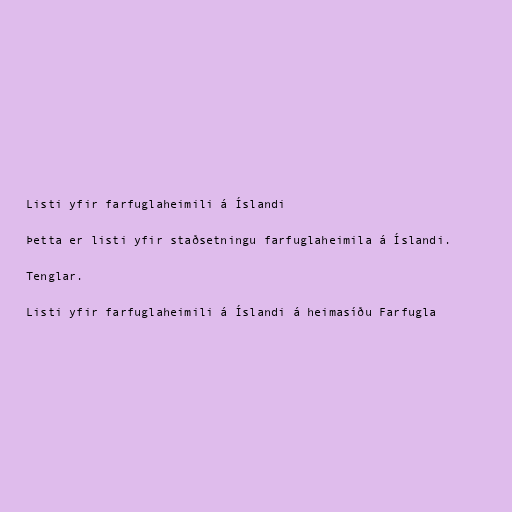
Listi yfir farfuglaheimili á Íslandi

Þetta er listi yfir staðsetningu farfuglaheimila á Íslandi.

Tenglar.

Listi yfir farfuglaheimili á Íslandi á heimasíðu Farfugla